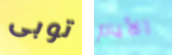
توبى الأيام